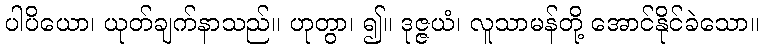
ပါပိယော၊ ယုတ်ချက်နာသည်။ ဟုတွာ၊ ၍။ ဒုဇ္ဇယံ၊ လူသာမန်တို့ အောင်နိုင်ခဲသော။